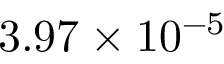
3 . 9 7 \times 1 0 ^ { - 5 }